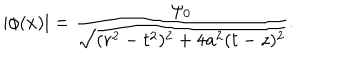
| \phi ( x ) | = { \frac { \psi _ { 0 } } { \sqrt { ( r ^ { 2 } - t ^ { 2 } ) ^ { 2 } + 4 a ^ { 2 } ( t - z ) ^ { 2 } } } } .